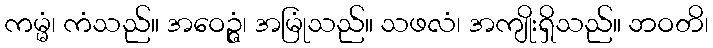
ကမ္မံ၊ ကံသည်။ အဝေဉ္ဇံ၊ အမြုံသည်။ သဖလံ၊ အကျိုးရှိသည်။ ဘဝတိ၊